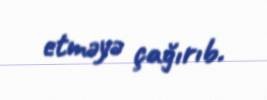
etməyə çağırıb.